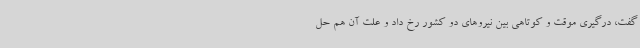
گفت، درگیری موقت و کوتاهی بین نیروهای دو کشور رخ داد و علت آن هم حل